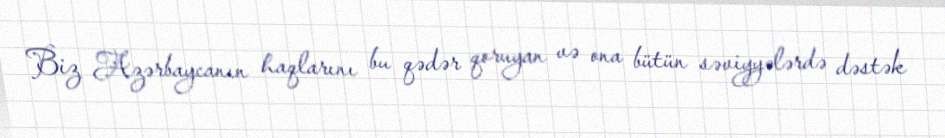
Biz Azərbaycanın haqlarını bu qədər qoruyan və ona bütün səviyyələrdə dəstək